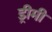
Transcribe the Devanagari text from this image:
ड्रीमी